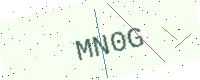
Text: MN0G